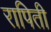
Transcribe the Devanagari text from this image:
रापिती